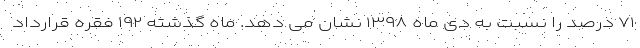
۷۱ درصد را نسبت به دی ماه ۱۳۹۸ نشان می دهد. ماه گذشته ۱۹۲ فقره قرارداد